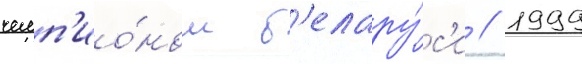
чемп'ио́ном б'елару́с'и // 1999